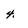
Character: 4